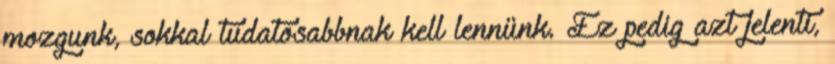
mozgunk, sokkal tudatosabbnak kell lennünk. Ez pedig azt jelenti,